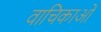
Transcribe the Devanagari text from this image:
वाचिकाओं